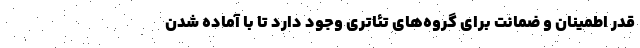
قدر اطمینان و ضمانت برای گروه‌های تئاتری وجود دارد تا با آماده شدن